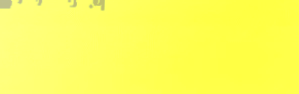
فرص عمل ممتازة في مختلف ا